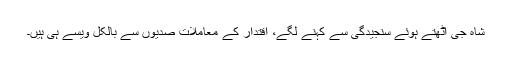
شاہ جی اُٹھتے ہوئے سنجیدگی سے کہنے لگے، اقتدار کے معاملات صدیوں سے بالکل ویسے ہی ہیں۔